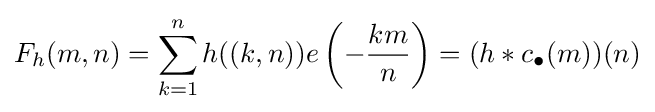
F_{h}(m,n)=\sum _{k=1}^{n}h((k,n))e\left(-{\frac {km}{n}}\right)=(h\ast c_{\bullet }(m))(n)